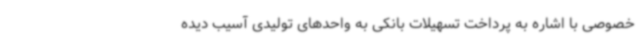
خصوصی با اشاره به پرداخت تسهیلات بانکی به واحدهای تولیدی آسیب دیده